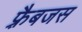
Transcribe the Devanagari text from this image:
फ़्रैबजस